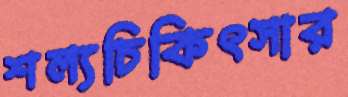
শল্যচিকিৎসার